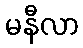
မနီလာ